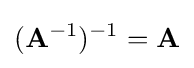
(\mathbf {A} ^{-1})^{-1}=\mathbf {A}